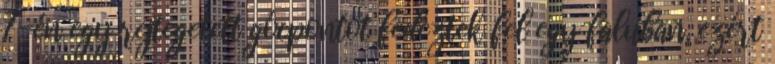
7-én egy rejtegetett gócpontot fedeztek fel egy faluban, ezért